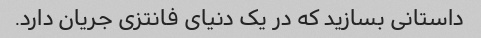
داستانی بسازید که در یک دنیای فانتزی جریان دارد.